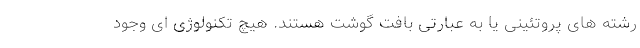
رشته های پروتئینی یا به عبارتی بافت گوشت هستند. هیچ تکنولوژی ای وجود